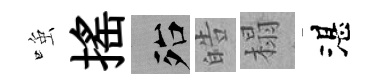
𫪻揺殆皓榻湛